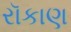
રૉકાણ